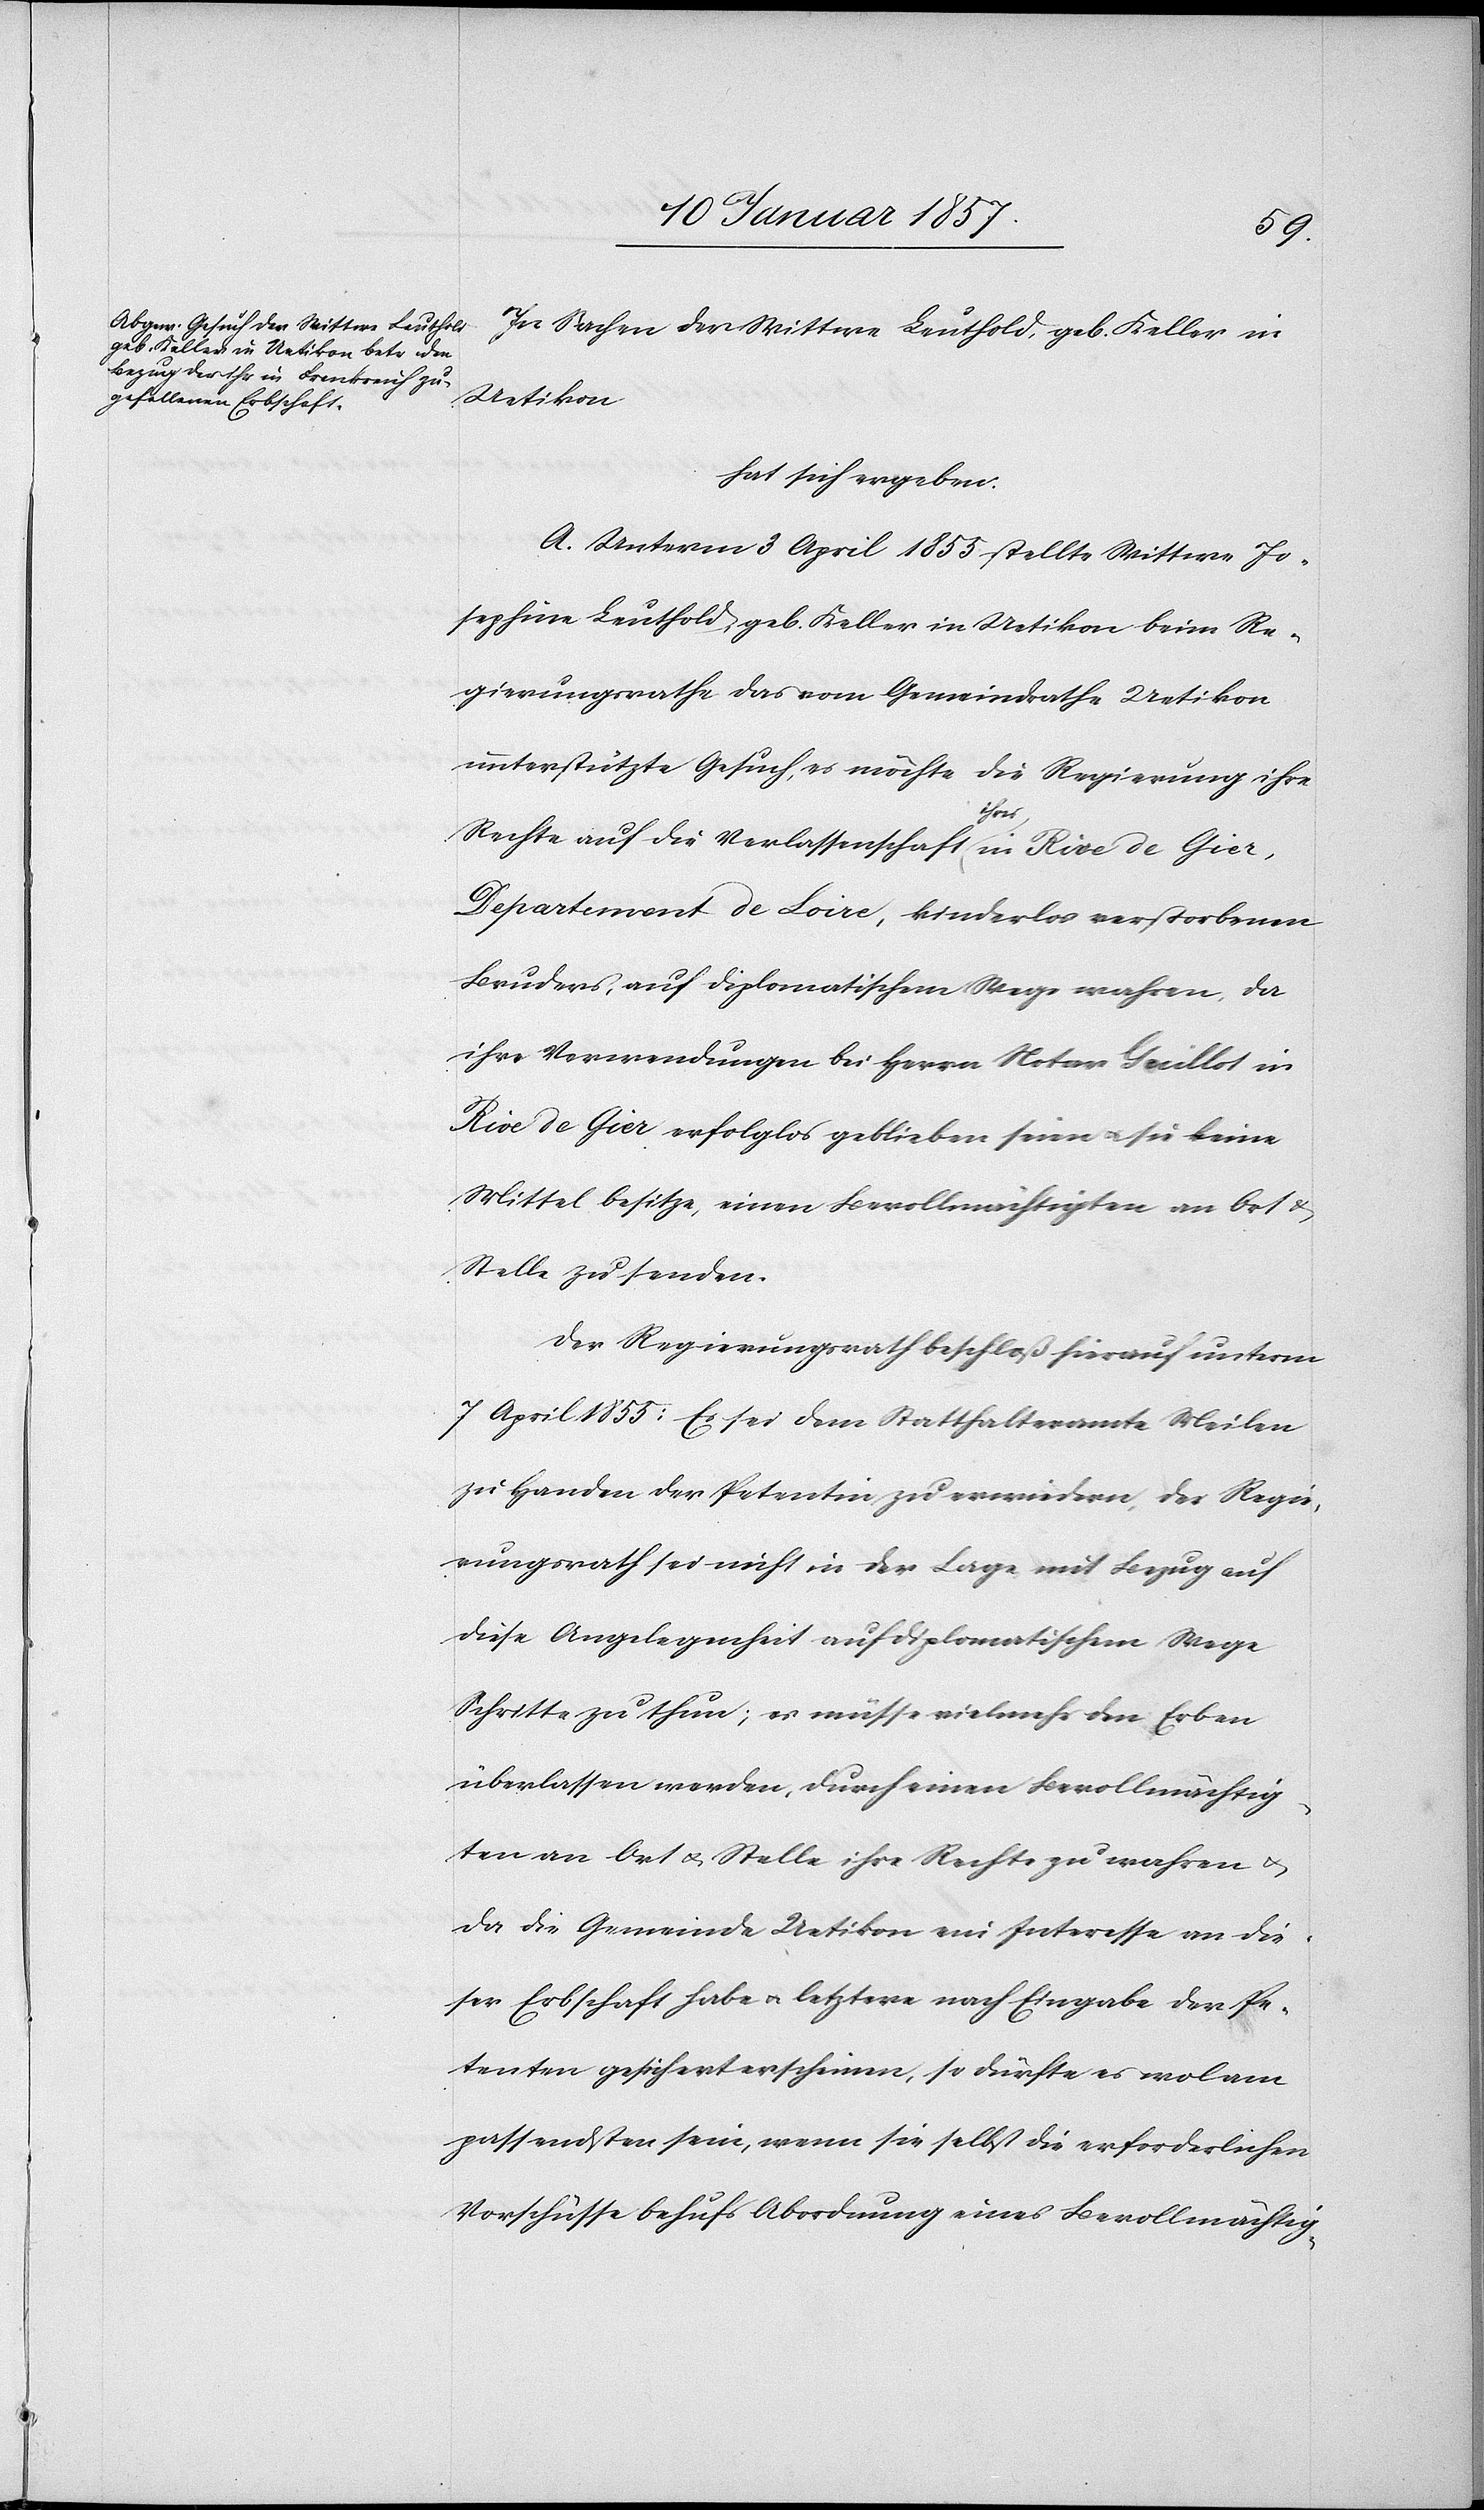
In Sachen der Wittwe Leuthold, geb. Keller in
Uetikon
hat sich ergeben:
A. Unterm 3 April 1855 stellte Wittwe Jo¬
sephine Leuthold, geb. Keller in Uetikon beim Re¬
gierungsrathe das vom Gemeindrathe Uetkion
unterstützte Gesuch, es möchte die Regierung ihre
Gier,
Rechte auf die Verlassenschaft a-ihres-a in
Departement de Loire, kinderlos verstorbenen
Bruders, auf diplomatischem Wege wahren, da
ihre Vorwendung bei Herrn Notar Guillot in
Rive de Gier erfolglos geblieben seien u. sie keine
Mittel besitze, einen Bevollmächtigten an Ort &
Stelle zu senden.
Der Regierungsrath beschloß hierauf unterm
7 April 1855: Es sei dem Statthalteramte Meilen
zu Handen der Petentin zu erwiedern, der Regie¬
rungsrath sei nicht in der Lage mit Bezug auf
diese Angelegenheit auf diplomatischem Wege
Schritte zu thun; es müsse vielmehr den Erben
überlassen werden, durch einen Bevollmächtig¬
ten an Ort & Stelle ihre Rechte zu wahren &
da die Gemeinde Uetikon ein Interesse an die¬
ser Erbschaft habe u. letztere nach Eingabe der Pe¬
tenten gesichert erscheinen, so dürfte es wol am
passendsten sein, wenn sie selbst die erforderlichen
Vorschüsse behufs Abordnung eines Bevollmächtig-